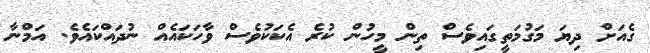
ގެއަށް ދިޔަ މަގުމަތީގައިވެސް ތިން މީހުން ކުރެ އެކަކުވެސް ވާހަކައެއް ނުދައްކައެވެ. އަމްނާ